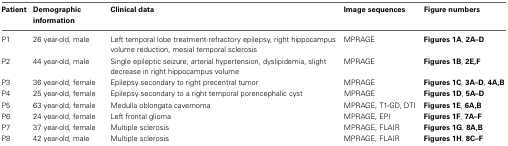
<table><thead><tr><td><b>Patient</b></td><td><b>Demographic information</b></td><td><b>Clinical data</b></td><td><b>Image sequences</b></td><td><b>Figure numbers</b></td></tr></thead><tbody><tr><td>P1</td><td>26 year-old, male</td><td>Left temporal lobe treatment-refractory epilepsy, right hippocampus volume reduction, mesial temporal sclerosis</td><td>MPRAGE</td><td>Figures 1A, 2A–D</td></tr><tr><td>P2</td><td>44 year-old, male</td><td>Single epileptic seizure, arterial hypertension, dyslipidemia, slight decrease in right hippocampus volume</td><td>MPRAGE</td><td>Figures 1B, 2E,F</td></tr><tr><td>P3</td><td>36 year-old, female</td><td>Epilepsy secondary to right precentral tumor</td><td>MPRAGE</td><td>Figures 1C, 3A–D, 4A,B</td></tr><tr><td>P4</td><td>25 year-old, female</td><td>Epilepsy secondary to a right temporal porencephalic cyst</td><td>MPRAGE</td><td>Figures 1D, 5A–D</td></tr><tr><td>P5</td><td>63 year-old, female</td><td>Medulla oblongata cavernoma</td><td>MPRAGE, T1-GD, DTI</td><td>Figures 1E, 6A,B</td></tr><tr><td>P6</td><td>24 year-old, female</td><td>Left frontal glioma</td><td>MPRAGE, EPI</td><td>Figures 1F, 7A–F</td></tr><tr><td>P7</td><td>37 year-old, female</td><td>Multiple sclerosis</td><td>MPRAGE, FLAIR</td><td>Figures 1G, 8A,B</td></tr><tr><td>P8</td><td>42 year-old, male</td><td>Multiple sclerosis</td><td>MPRAGE, FLAIR</td><td>Figures 1H, 8C–F</td></tr></tbody></table>